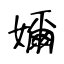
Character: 嬭